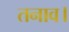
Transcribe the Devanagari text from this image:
तनाव।